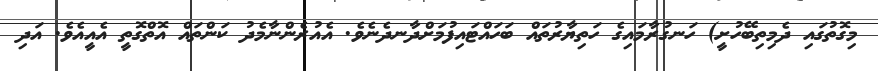
މިގޮތުގައި ދެމިތިބޭހުށީ) ހަނގުރާމައިގެ ހަތިޔާރުތައް ބަހައްޓައިފުމަށްދާނދެނެވެ. އެއުރެންނާމެދު ކަންތައް އޮތްގޮތީ އެއީއެވެ. އަދި